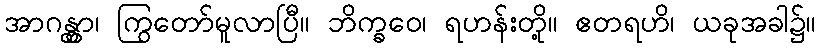
အာဂန္တွာ၊ ကြွတော်မူလာပြီ။ ဘိက္ခဝေ၊ ရဟန်းတို့။ ဧတရဟိ၊ ယခုအခါ၌။